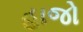
હાજો